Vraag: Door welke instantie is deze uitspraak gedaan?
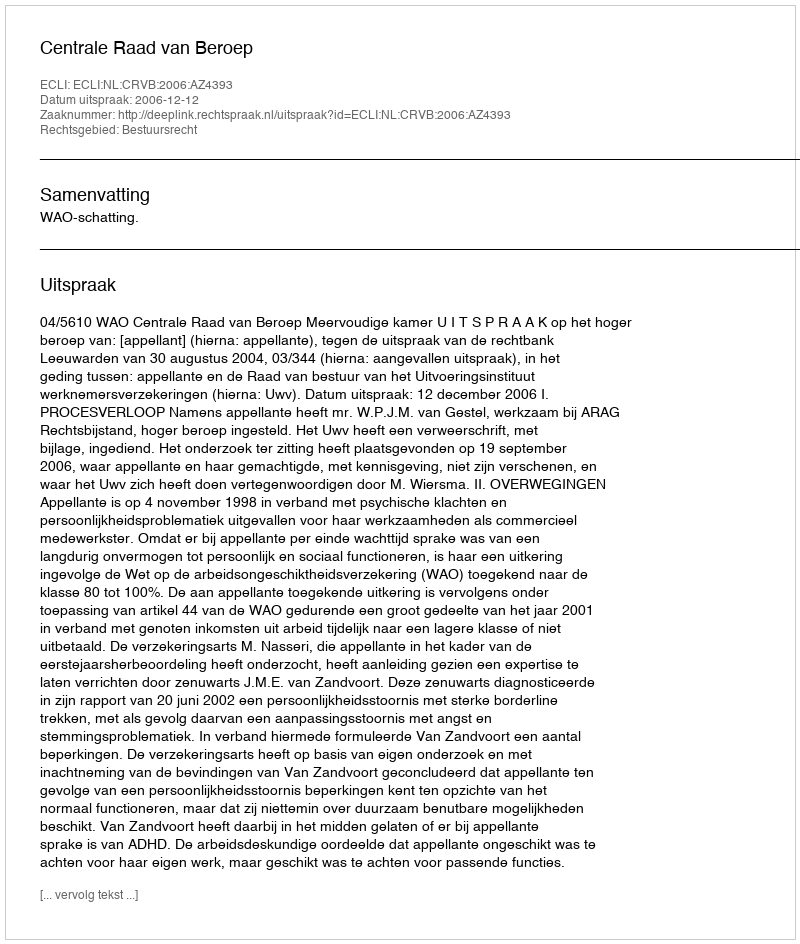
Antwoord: Centrale Raad van Beroep